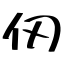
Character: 仞